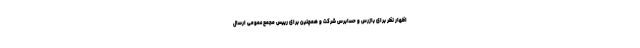
اظهار نظر برای بازرس و حسابرس شرکت و همچنین برای رییس مجمع عمومی ارسال